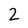
Character: 2